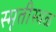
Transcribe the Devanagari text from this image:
स्मृतीस्थळ